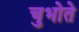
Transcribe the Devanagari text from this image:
चुभोते